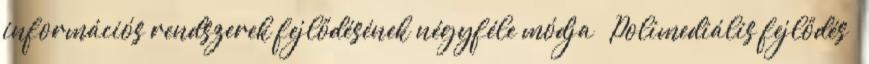
információs rendszerek fejlődésének négyféle módja  Polimediális fejlődés –